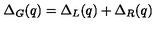
\Delta _ { G } ( q ) = \Delta _ { L } ( q ) + \Delta _ { R } ( q )